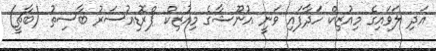
އަދި ލަވައިގެ މިއުޒިކް ހަދާފައި ވަނީ އުނޫޝާގެ މިއުޒިކް ޕްރޮޑިއުސަރު ބާސިތު (ބާޗީ)